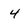
Character: 4